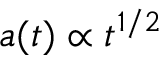
a ( t ) \propto t ^ { 1 / 2 }